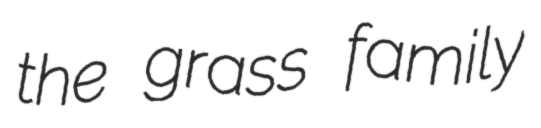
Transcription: the grass family